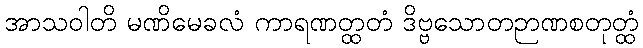
အာသဝါတိ မဏိမေခလံ ကာရဏတ္ထတံ ဒိဗ္ဗသောတဉာဏစတုတ္ထံ